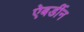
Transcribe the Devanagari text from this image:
ऐबर्डीन